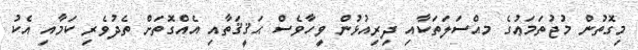
މިގޮތުން މުޖުތަމަޢުގެ މއްސަލަތަކާއި ދިރިއުޅުން ވީހާވެސް ޙަޤީޤަތާއި އެއްގޮތަށް ތެދުވެރި ކަމާއި އެކު